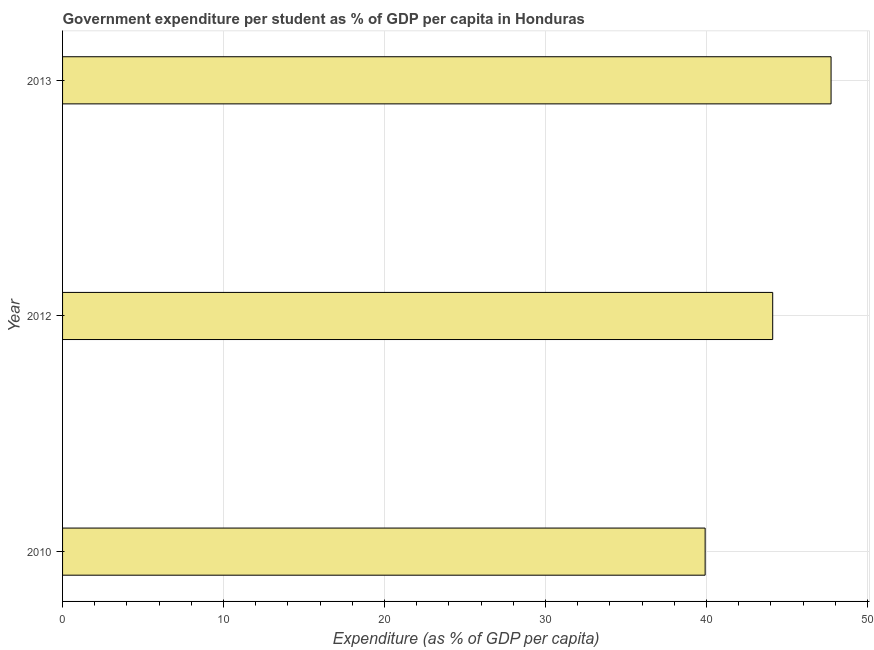
| Year | Government expenditure per tertiary student |
 | --- | --- |
 | 2010 | 39.9 |
 | 2012 | 44.1 |
 | 2013 | 47.7 |